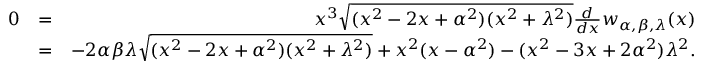
\begin{array} { r l r } { 0 } & { = } & { x ^ { 3 } \sqrt { ( x ^ { 2 } - 2 x + \alpha ^ { 2 } ) ( x ^ { 2 } + \lambda ^ { 2 } ) } \frac { d } { d x } w _ { \alpha , \beta , \lambda } ( x ) } \\ & { = } & { - 2 \alpha \beta \lambda \sqrt { ( x ^ { 2 } - 2 x + \alpha ^ { 2 } ) ( x ^ { 2 } + \lambda ^ { 2 } ) } + x ^ { 2 } ( x - \alpha ^ { 2 } ) - ( x ^ { 2 } - 3 x + 2 \alpha ^ { 2 } ) \lambda ^ { 2 } . } \end{array}